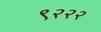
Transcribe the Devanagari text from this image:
९२२२